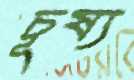
চূষ্য